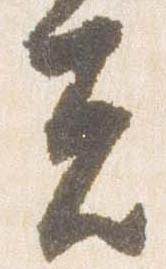
夫